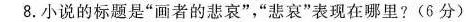
8.小说的标题是”画者的悲哀”，”悲哀”表现在哪里?(6分)